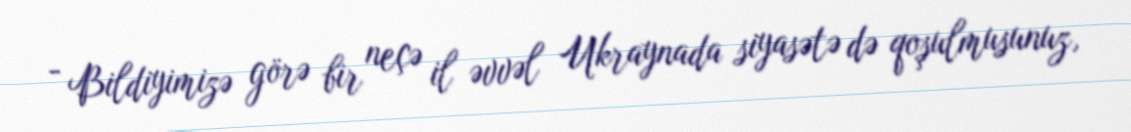
- Bildiyimizə görə bir neçə il əvvəl Ukraynada siyasətə də qoşulmusunuz,